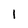
Character: 1